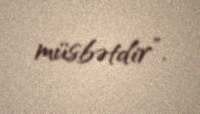
müsbətdir”.